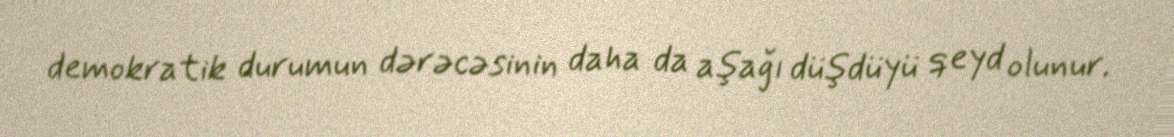
demokratik durumun dərəcəsinin daha da aşağı düşdüyü qeyd olunur.